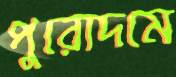
পুরোদমে